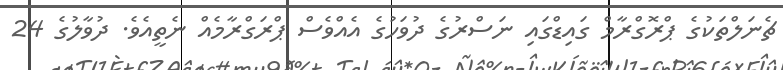
ޗެނަލްތަކުގެ ޕްރޮގްރާމް ގައިޑްގައި ނަސްރުގެ ދުވަހުގެ އެއްވެސް ޕްރަގްރާމެއް ނެތީއެވެ. ދުވާލުގެ 24